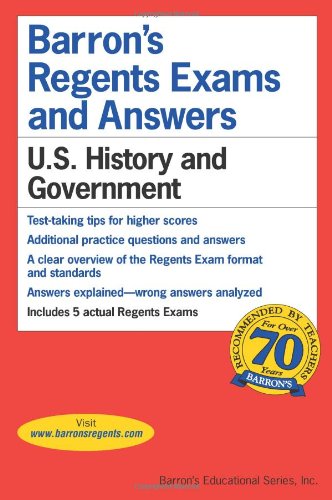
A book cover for Barron's Regents Exams and Answers: U.S. History and Government; Resnick; Test Preparation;